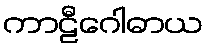
ကာဠီဂေါဓာယ